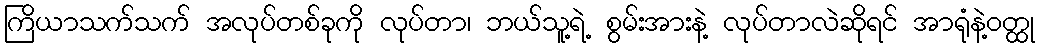
ကြိယာသက်သက် အလုပ်တစ်ခုကို လုပ်တာ၊ ဘယ်သူ့ရဲ့ စွမ်းအားနဲ့ လုပ်တာလဲဆိုရင် အာရုံနဲ့ဝတ္ထု